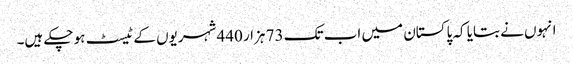
انہوں نے بتایا کہ پاکستان میں اب تک 73 ہزار 440 شہریوں کے ٹیسٹ ہو چکے ہیں۔